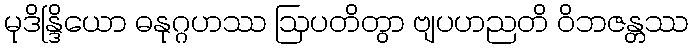
မုဒိန္ဒြိယော ဓနုဂ္ဂဟဿ ဩပတိတွာ ဗျပဟညတိ ဝိဘဇန္တဿ